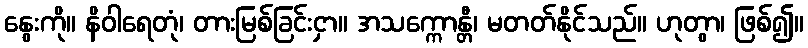
နွေးကို။ နိဝါရေတုံ၊ တားမြစ်ခြင်းငှာ။ အသက္ကောန္တီ၊ မတတ်နိုင်သည်။ ဟုတွာ၊ ဖြစ်၍။